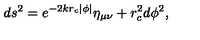
d s ^ { 2 } = e ^ { - 2 k r _ { c } \left| \phi \right| } \eta _ { \mu \nu } + r _ { c } ^ { 2 } d \phi ^ { 2 } ,